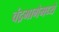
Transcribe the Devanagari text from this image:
चंद्रभागेमध्ये